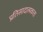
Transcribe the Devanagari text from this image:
प्रतिसादात्मकता